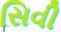
સિવી